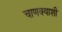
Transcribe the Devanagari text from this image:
चाणक्याशी